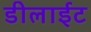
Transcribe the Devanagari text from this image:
डीलाईट